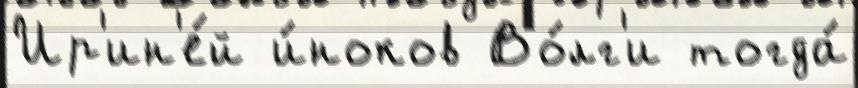
Ир'ин'е́й и́ноков Во́лг'и тогда́